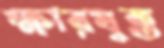
ক্ষারযুক্ত